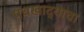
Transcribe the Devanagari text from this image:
पंचखाद्याचा